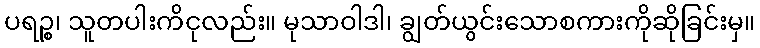
ပရဉ္စ၊ သူတပါးကိငုလည်း။ မုသာဝါဒါ၊ ချွတ်ယွင်းသောစကားကိုဆိုခြင်းမှ။